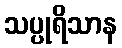
သပ္ပုရိသာန